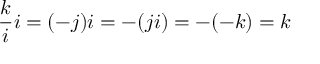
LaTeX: { \frac { k } { i } } i = ( - j ) i = - ( j i ) = - ( - k ) = k